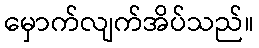
မှောက်လျက်အိပ်သည်။